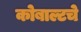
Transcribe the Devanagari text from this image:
कोबाल्टचे